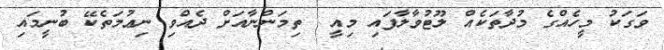
ވަގަކު މީހެއްގެ މުދާތަކެއް ލޫޓުވާލާފައި މިއީ  ތިމަންނާއަށް ދެއްވި ނިޢުމަތެކޭ ބުނީމައި